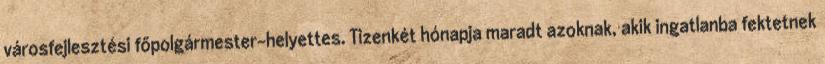
városfejlesztési főpolgármester-helyettes. Tizenkét hónapja maradt azoknak, akik ingatlanba fektetnek